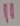
Text: 11